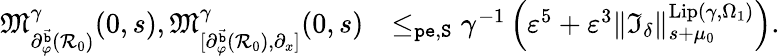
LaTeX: \begin{array}{rl}{\mathfrak{M}_{\partial_{\varphi}^{\vec{\mathtt{b}}}(\mathcal{R}_{0})}^{\gamma}(0,s),\mathfrak{M}_{[\partial_{\varphi}^{\vec{\mathtt{b}}}(\mathcal{R}_{0}),\partial_{x}]}^{\gamma}(0,s)}&{\le_{\mathtt{pe},\mathtt{S}}\gamma^{-1}\left(\varepsilon^{5}+\varepsilon^{3}\rVert\mathfrak{I}_{\delta}\rVert_{s+\mu_{0}}^{\mathrm{Lip}(\gamma,\Omega_{1})}\right).}\end{array}